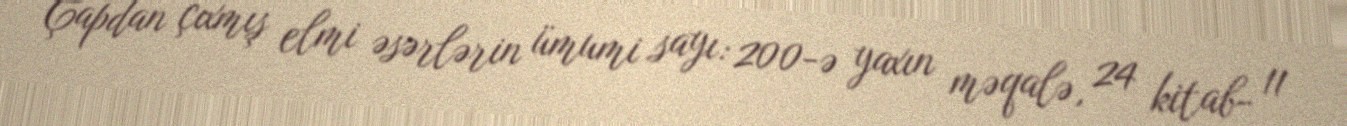
Çapdan çıxmış elmi əsərlərin ümumi sayı: 200-ə yaxın məqalə, 24 kitab- 11